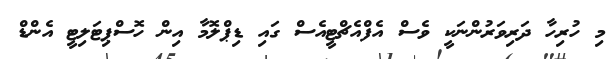
މި ހުރިހާ ދަރިވަރުންނަކީ ވެސް އެފްއެޗްޓީއެސް ގައި ޑިޕްލޮމާ އިން ހޮސްޕިޓަލިޓީ އެންޑް